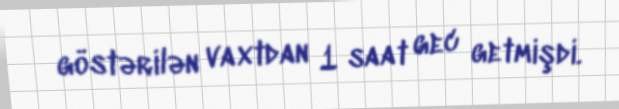
göstərilən vaxtdan 1 saat gec getmişdi.